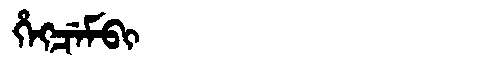
Manchu: ᡥᡝᡴᠴᡝᠮᠪᡳ
Romanization: HEKCEMBI